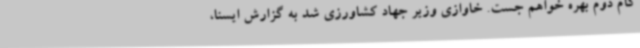
گام دوم بهره خواهم جست. خاوازی وزیر جهاد کشاورزی شد به گزارش ایسنا،